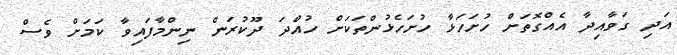
އަދި ގަވާއިދާ އެއްގޮތަށް ހުށަހަޅާ ހުށަހެޅުންތަކަށް ހުއްދަ ދޫކުރަން ނިންމާފައިވާ ކަމަށް ވެސް